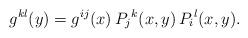
LaTeX: \begin{align*}g^{kl}(y) = g^{ij}(x)\,P_j{}^k(x,y)\,P_i{}^l(x,y).\end{align*}